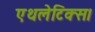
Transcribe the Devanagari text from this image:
एथलेटिक्स।